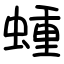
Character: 蝩